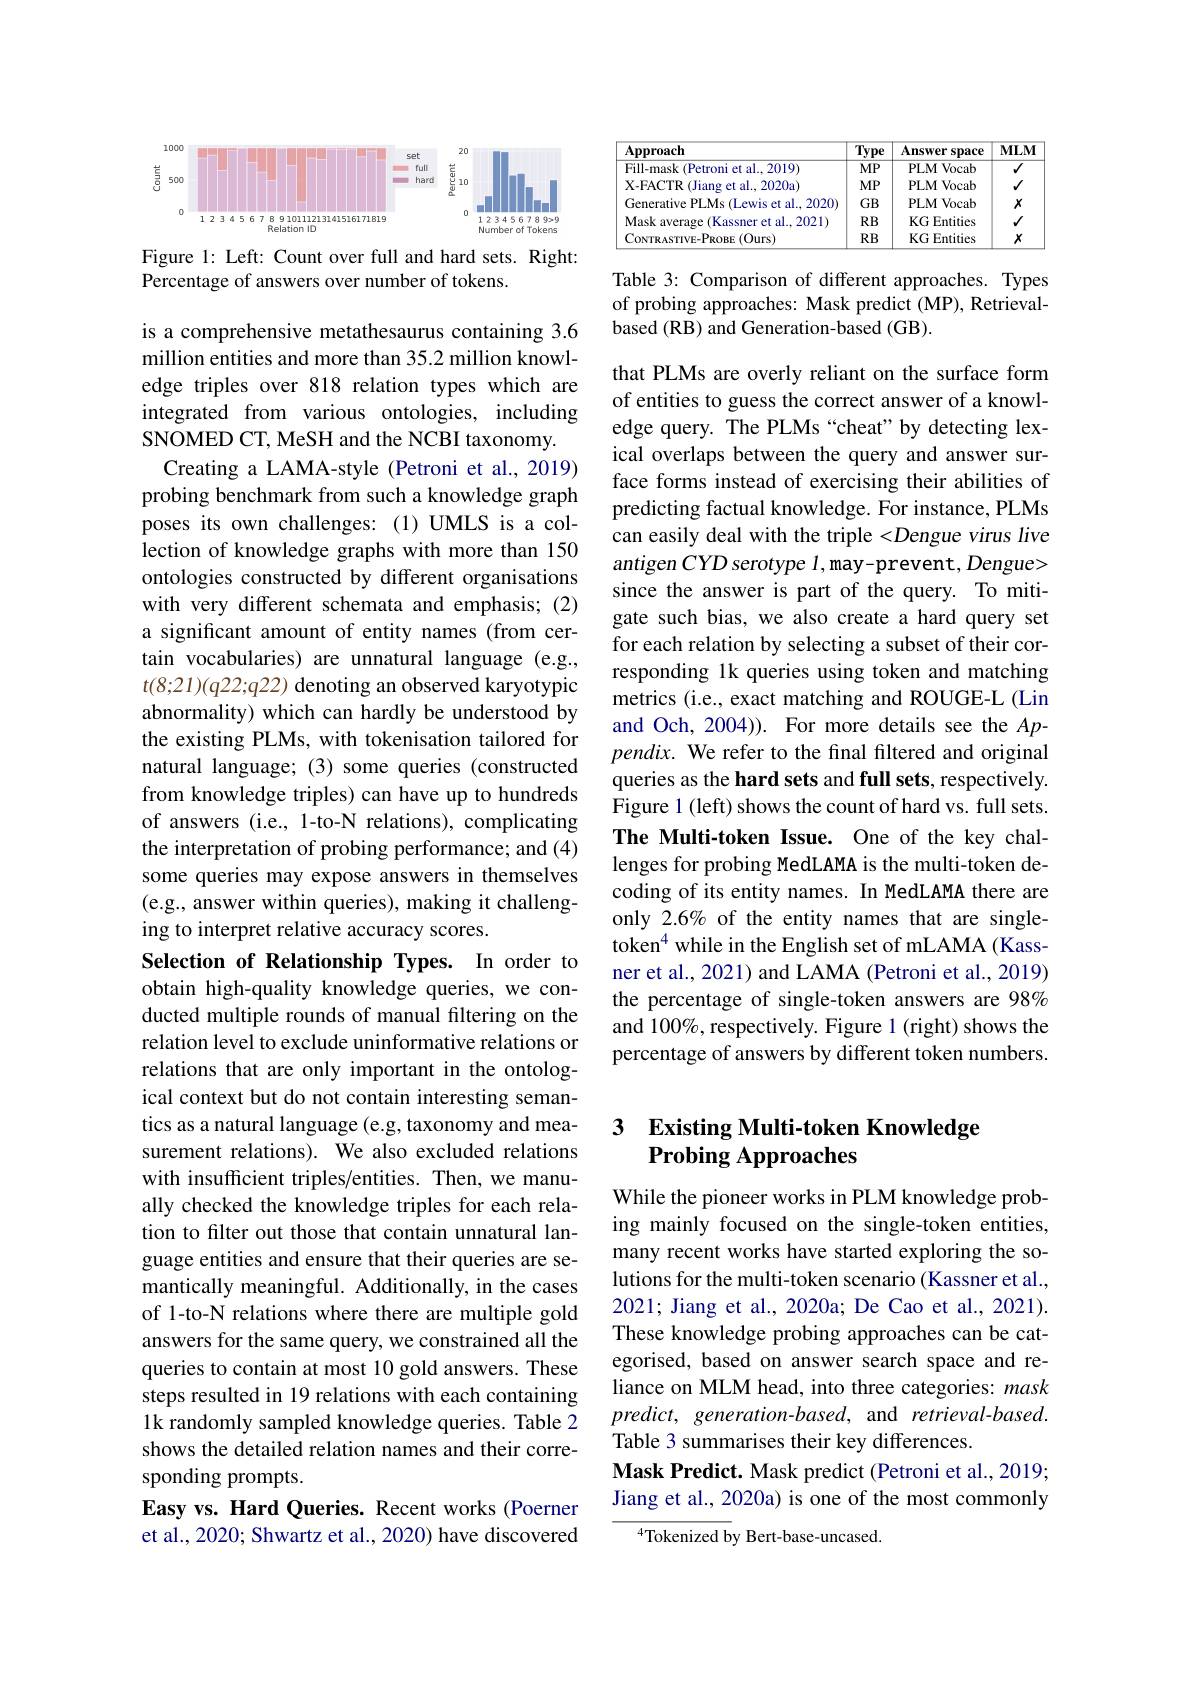
<FigureHere>

Figure 1: Left: Count over full and hard sets. Right:
Percentage of answers over number of tokens.

is a comprehensive metathesaurus containing 3.6 million entities and more than 35.2 million knowledge triples over 818 relation types which are integrated from various ontologies, including SNOMED CT, MeSH and the NCBI taxonomy.
Creating a LAMA-style (Petroni et al., 2019) probing benchmark from such a knowledge graph poses its own challenges:(1)UMLS is a collection of knowledge graphs with more than 150 ontologies constructed by different organisations with very different schemata and emphasis; (2) a significant amount of entity names (from certain vocabularies) are unnatural language (e.g., $t(8;21)(q$22;q22) denoting an observed karyotypic abnormality) which can hardly be understood by the existing PLMs, with tokenisation tailored for natural language; (3) some queries (constructed from knowledge triples) can have up to hundreds of answers (i.e., 1-to-N relations), complicating the interpretation of probing performance; and (4) some queries may expose answers in themselves (e.g., answer within queries), making it challenging to interpret relative accuracy scores.
Selection of Relationship Types. In order to obtain high-quality knowledge queries, we conducted multiple rounds of manual filtering on the relation level to exclude uninformative relations or relations that are only important in the ontological context but do not contain interesting semantics as a natural language (e.g, taxonomy and measurement relations). We also excluded relations with insufficient triples/entities. Then, we manually checked the knowledge triples for each relation to filter out those that contain unnatural language entities and ensure that their queries are semantically meaningful. Additionally, in the cases of 1-to-N relations where there are multiple gold answers for the same query, we constrained all the queries to contain at most 10 gold answers. These steps resulted in 19 relations with each containing 1k randomly sampled knowledge queries. Table 2 shows the detailed relation names and their corresponding prompts.
Easy vs. Hard Queries. Recent works (Poerner et al., 2020; Shwartz et al., 2020) have discovered

<table>
	<tbody>
		<tr>
			<th>$\mathbf{Approach}$</th>
			<th>$\overline{\mathbf{Type}}$</th>
			<th>Answer -space</th>
			<th>$MLM$</th>
		</tr>
		<tr>
			<td>Fill-mask $\kappa($Petroni et al..2019</td>
			<td>$MP$</td>
			<td>PLMVocab</td>
			<td>$\overline{V}$</td>
		</tr>
		<tr>
			<td>$\mathbf{X-FACTR}$ ${\mathcal{R}}($Jiang et al., 2020a)</td>
			<td>$MP$</td>
			<td>PLMVocab</td>
			<td>$√$</td>
		</tr>
		<tr>
			<td>Generative PLMs (Lewis et al.2020)</td>
			<td>$GB$</td>
			<td>PLMVocab</td>
			<td>$x$</td>
		</tr>
		<tr>
			<td>Mask average (Kassner et al..2021)</td>
			<td>$RB$</td>
			<td>KG Entities</td>
			<td>$√$</td>
		</tr>
		<tr>
			<td>CoNTRASTIVE- PROBE ( Ours) </td>
			<td>$RB$</td>
			<td>KG Entities</td>
			<td>$X$</td>
		</tr>
	</tbody>
</table>

Table 3: Comparison of different approaches. Types of probing approaches: Mask predict (MP), Retrievalbased (RB) and Generation-based (GB).

that PLMs are overly reliant on the surface form of entities to guess the correct answer of a knowledge query. The PLMs “cheat" by detecting lexical overlaps between the query and answer surface forms instead of exercising their abilities of predicting factual knowledge. For instance, PLMs can easily deal with the triple $<D$engue virus live antigen CYD serotype 1, may-prevent, Dengue> since the answer is part of the query. To mitigate such bias, we also create a hard query set for each relation by selecting a subset of their corresponding 1k queries using token and matching metrics (i.e., exact matching and ROUGE-L (Lin and Och, 2004)). For more details see the $Ap$- $pendix.$ We refer to the final filtered and original queries as the hard sets and full sets, respectively. Figure 1 (left) shows the count of hard vs. full sets. The Multi-token Issue. One of the key challenges for probing MedLAMA is the multi-token decoding of its entity names. In MedLAMA there are only 2.6% of the entity names that are singletoken$^{4}$ while in the English set of mLAMA (Kassner et al., 2021) and LAMA (Petroni et al., 2019) the percentage of single-token answers are 98% and 100%, respectively. Figure 1 (right) shows the percentage of answers by different token numbers.

### 3 Existing Multi-token Knowledge Probing Approaches

While the pioneer works in PLM knowledge probing mainly focused on the single-token entities, many recent works have started exploring the solutions for the multi-token scenario (Kassner et al., 2021; Jiang et al., 2020a; De Cao et al., 2021). These knowledge probing approaches can be categorised, based on answer search space and reliance on MLM head, into three categories: mask $predict,generation-based$, and retrieval-based. Table 3 summarises their key differences.
Mask Predict. Mask predict (Petroni et al., 2019; Jiang et al., 2020a) is one of the most commonly

$^{4}$Tokenized by Bert-base-uncased.